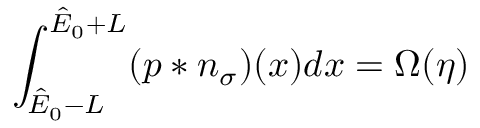
\int _ { \hat { E } _ { 0 } - L } ^ { \hat { E } _ { 0 } + L } ( p \ast n _ { \sigma } ) ( x ) d x = \Omega ( \eta )